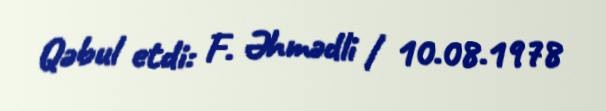
Qəbul etdi: F. Əhmədli / 10.08.1978